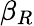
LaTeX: \beta_{R}